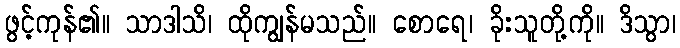
ဖွင့်ကုန်၏။ သာဒါသိ၊ ထိုကျွန်မသည်။ စောရေ၊ ခိုးသူတို့ကို။ ဒိသွာ၊